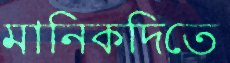
মানিকদিতে